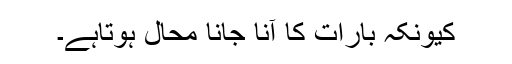
کیونکہ بارات کا آنا جانا محال ہوتاہے۔